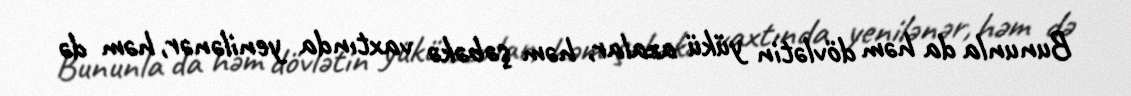
Bununla da həm dövlətin yükü azalar, həm şəbəkə vaxtında yenilənər, həm də